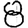
Digit: 8